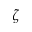
\zeta